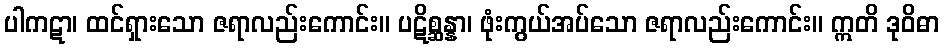
ပါကဋာ၊ ထင်ရှားသော ဇရာလည်းကောင်း။ ပဋိစ္ဆန္နာ၊ ဖုံးကွယ်အပ်သော ဇရာလည်းကောင်း။ ဣတိ ဒုဝိဓာ